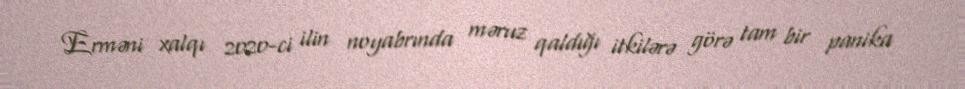
Erməni xalqı 2020-ci ilin noyabrında məruz qaldığı itkilərə görə tam bir panika